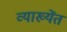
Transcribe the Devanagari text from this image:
व्याख्येंत